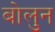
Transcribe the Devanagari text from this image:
बोलुन